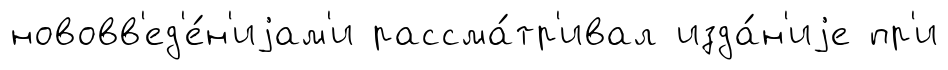
нововв'ед'е́н'иjам'и рассма́тр'ивал изда́н'иjе пр'и